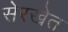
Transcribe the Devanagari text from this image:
सेरखेत